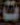
ت